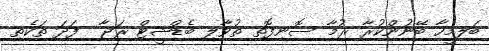
ބަލިމީހާ ބޭނުންކުރާ ރުމާ ސޮނިފޮތި ތުވާލި ބެޑްޝީޓް ރަޖާ  ފަދަ ތަކެތި